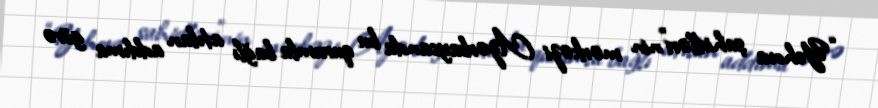
“Yehova şahidləri”nin mərkəzi Azərbaycanda bu qurumla bağlı atılan addıma görə